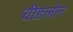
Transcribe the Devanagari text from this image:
चीङलोन